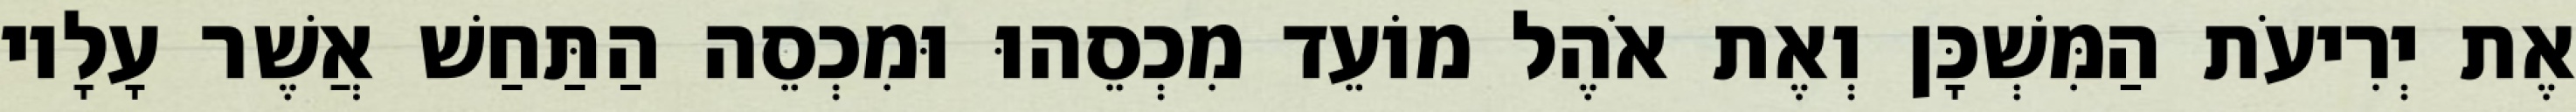
אֶת יְרִיעֹת הַמִּשְׁכָּן וְאֶת אֹהֶל מוֹעֵד מִכְסֵהוּ וּמִכְסֵה הַתַּחַשׁ אֲשֶׁר עָלָיו